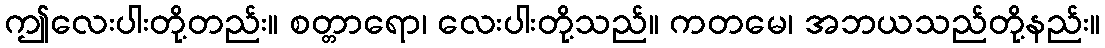
ဤလေးပါးတို့တည်း။ စတ္တာရော၊ လေးပါးတို့သည်။ ကတမေ၊ အဘယသည်တို့နည်း။